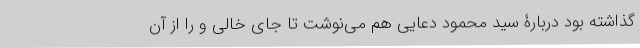
گذاشته بود دربارۀ سید محمود دعایی هم می‌نوشت تا جای خالی و را از آن